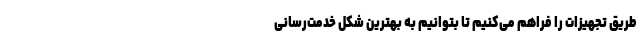
طریق تجهیزات را فراهم می‌کنیم تا بتوانیم به بهترین شکل خدمت‌رسانی